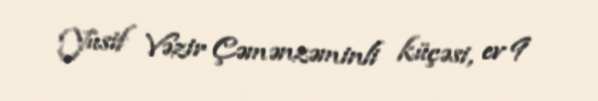
Yusif Vəzir Çəmənzəminli küçəsi, ev 9